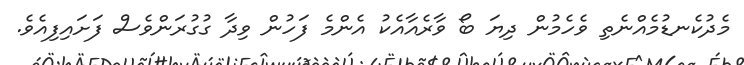
މެދުކެނޑުމެއްނެތި ވެހެމުން ދިޔަ ބޯ ވާރެއާއެކު އެންމެ ފަހުން ވިދާ ގުގުރަންވެސް ފަށައިފިއެވެ.